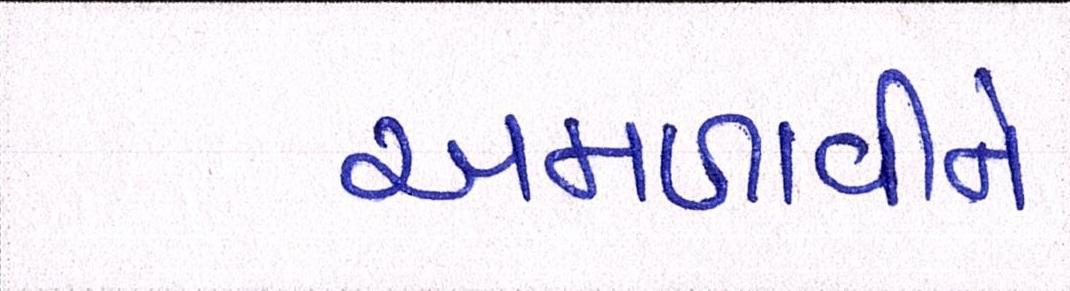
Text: અમળાવીને